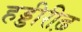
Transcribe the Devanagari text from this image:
हड्डीरीढ़